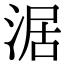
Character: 涺